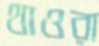
থাওরা